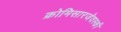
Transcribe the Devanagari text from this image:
क्रोमिसारजेवस्की